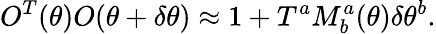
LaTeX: O^{T}(\theta)O(\theta+\delta\theta)\approx 1+T^{a}M_{b}^{a}(\theta)\delta\theta^{b}.